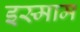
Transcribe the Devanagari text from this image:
इस्माम